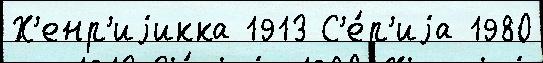
Х'енр'иjикка 1913 С'е́р'иjа 1980